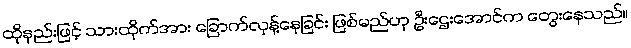
ထိုနည်းဖြင့် သားထိုက်အား ခြောက်လှန့်နေခြင်း ဖြစ်မည်ဟု ဦးဌေးအောင်က တွေးနေသည်။